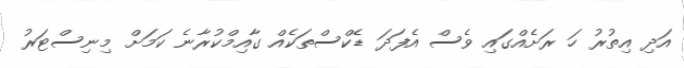
އަދި އިތުރު ހަ ރަށެއްގައި ވެސް އެފަދަ ޑެކްސްތަކެއް ގާއިމްކުރާނެ ކަމަށް މިނިސްޓަރު